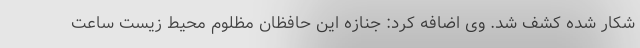
شکار شده کشف شد. وی اضافه کرد: جنازه این حافظان مظلوم محیط زیست ساعت